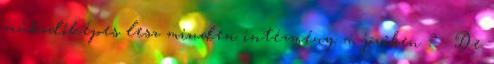
működőképes lesz minden intézmény a jövőben ? . De